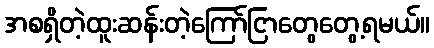
အစရှိတဲ့ထူးဆန်းတဲ့ကြော်ငြာတွေတွေ့ရမယ်။